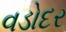
વડોદર